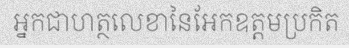
អ្នកជាហត្ថលេខានៃអែកឧត្តមប្រកិត